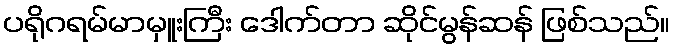
ပရိုဂရမ်မာမှူးကြီး ဒေါက်တာ ဆိုင်မွန်ဆန် ဖြစ်သည်။